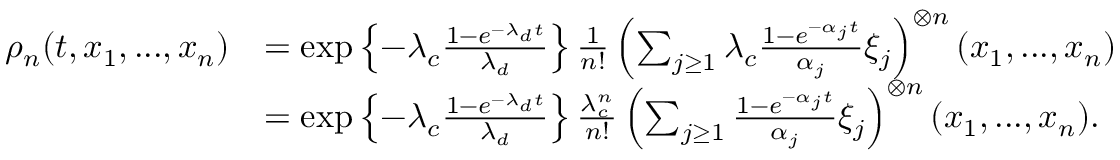
\begin{array} { r l } { \rho _ { n } ( t , x _ { 1 } , . . . , x _ { n } ) } & { = \exp \left\{ - \lambda _ { c } \frac { 1 - e ^ { - \lambda _ { d } t } } { \lambda _ { d } } \right\} \frac { 1 } { n ! } \left( \sum _ { j \geq 1 } \lambda _ { c } \frac { 1 - e ^ { - \alpha _ { j } t } } { \alpha _ { j } } \xi _ { j } \right) ^ { \otimes n } ( x _ { 1 } , . . . , x _ { n } ) } \\ & { = \exp \left\{ - \lambda _ { c } \frac { 1 - e ^ { - \lambda _ { d } t } } { \lambda _ { d } } \right\} \frac { \lambda _ { c } ^ { n } } { n ! } \left( \sum _ { j \geq 1 } \frac { 1 - e ^ { - \alpha _ { j } t } } { \alpha _ { j } } \xi _ { j } \right) ^ { \otimes n } ( x _ { 1 } , . . . , x _ { n } ) . } \end{array}